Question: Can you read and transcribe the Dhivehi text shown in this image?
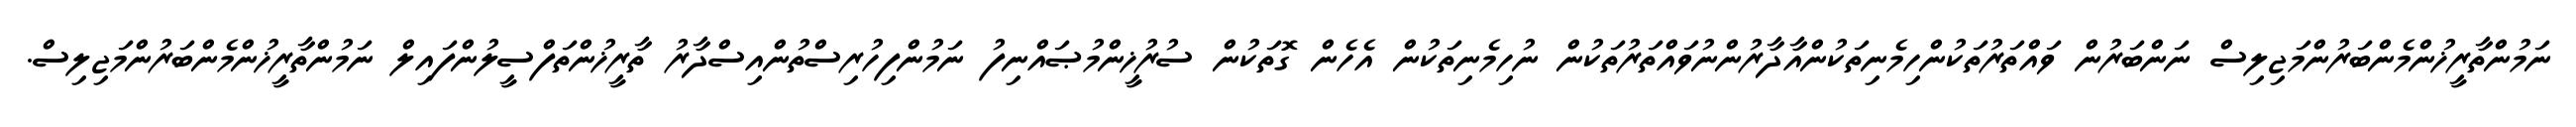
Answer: ނަމުންތާރީޚުންމެންބަރުންމަޖިލިސް ނަންބަރުން ވައްތަރުތަކުންހިމެނިތަކުންއާދާރުންނުވައްތަރުތަކުން ނުހިމެނިތަކުން އެހެން ގޮތަކުން ސުރުޚީންމުޞައްނިފު ނަމުންފިހުރިސްތުންއިސްދާރު ތާރީޚުންތަފްސީލުންފައިލް ނަމުންތާރީޚުންމެންބަރުންމަޖިލިސް.